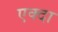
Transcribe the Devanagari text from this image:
एक्दा